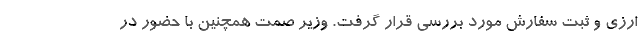
ارزی و ثبت سفارش مورد بررسی قرار گرفت. وزیر صمت همچنین با حضور در